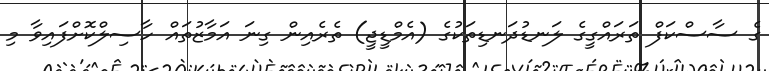
ގެ ސާސްކަފް ތަރައްގީގެ ލަނޑުދަނޑިތަކުގެ (އެމްޑީޖީ) ތެރެއިން ގިނަ އަމާޒުތައް ހާސިލްކޮށްފައިވާ މި